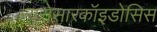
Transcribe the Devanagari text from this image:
न्यूरोसारकॉइडोसिस